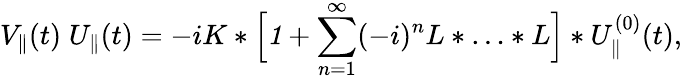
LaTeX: V_{\parallel}(t)\; U_{\parallel}(t)=-iK\ast\Big[{\mathit 1}+\sum_{n=1}^{\infty}(-i)^{n}L\ast\ldots\ast L\Big]\ast U_{\parallel}^{(0)}(t),